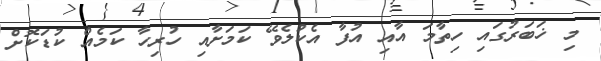
މި ޚަބަރުގައި ހިތާމަ އާއި އުފާ އެކުލެވޭ ކަމަށާއި ހުރިހާ ކަމެއް ކުޑަކޮށް